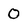
Character: 0